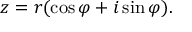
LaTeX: z = r ( \cos \varphi + i \sin \varphi ) .